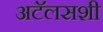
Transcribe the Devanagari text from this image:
अटॅलसशी